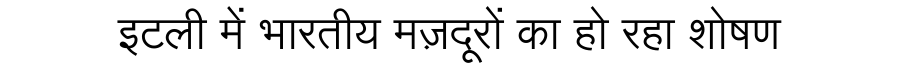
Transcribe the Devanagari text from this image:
इटली में भारतीय मज़दूरों का हो रहा शोषण